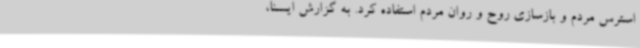
استرس مردم و بازسازی روح و روان مردم استفاده کرد. به گزارش ایسنا،